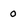
Character: 0